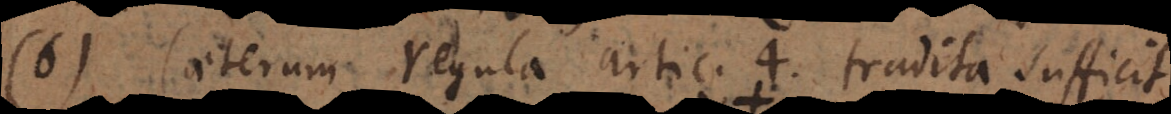
6) Caeterum regula articulo 4. tradita sufficit